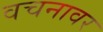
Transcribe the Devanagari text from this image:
वचनावर